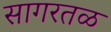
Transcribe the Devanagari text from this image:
सागरतळ